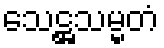
သေဋ္ဌသမ္မတံ